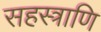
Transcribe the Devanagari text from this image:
सहस्त्राणि